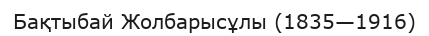
Бақтыбай Жолбарысұлы (1835—1916)